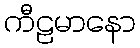
ကီဠမာနော